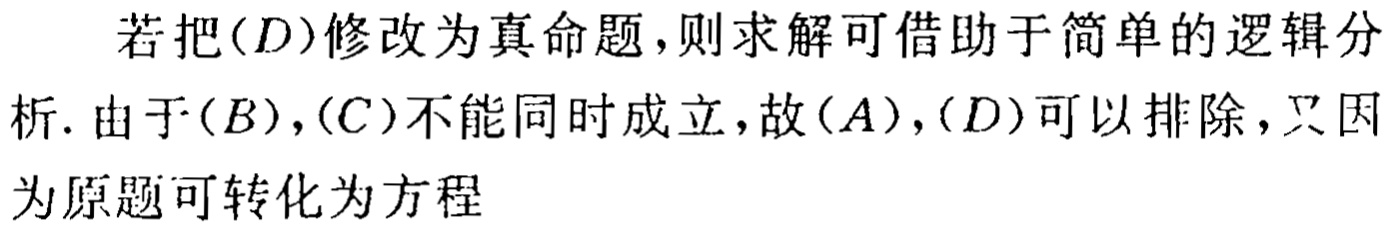
若把$(D)$修改为真命题，则求解可借助于简单的逻辑分析. 由于$(B)$，$(C)$不能同时成立，故$(A)$，$(D)$可以排除，又因为原题可转化为方程